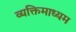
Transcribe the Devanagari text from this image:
व्यक्तिमाध्यम